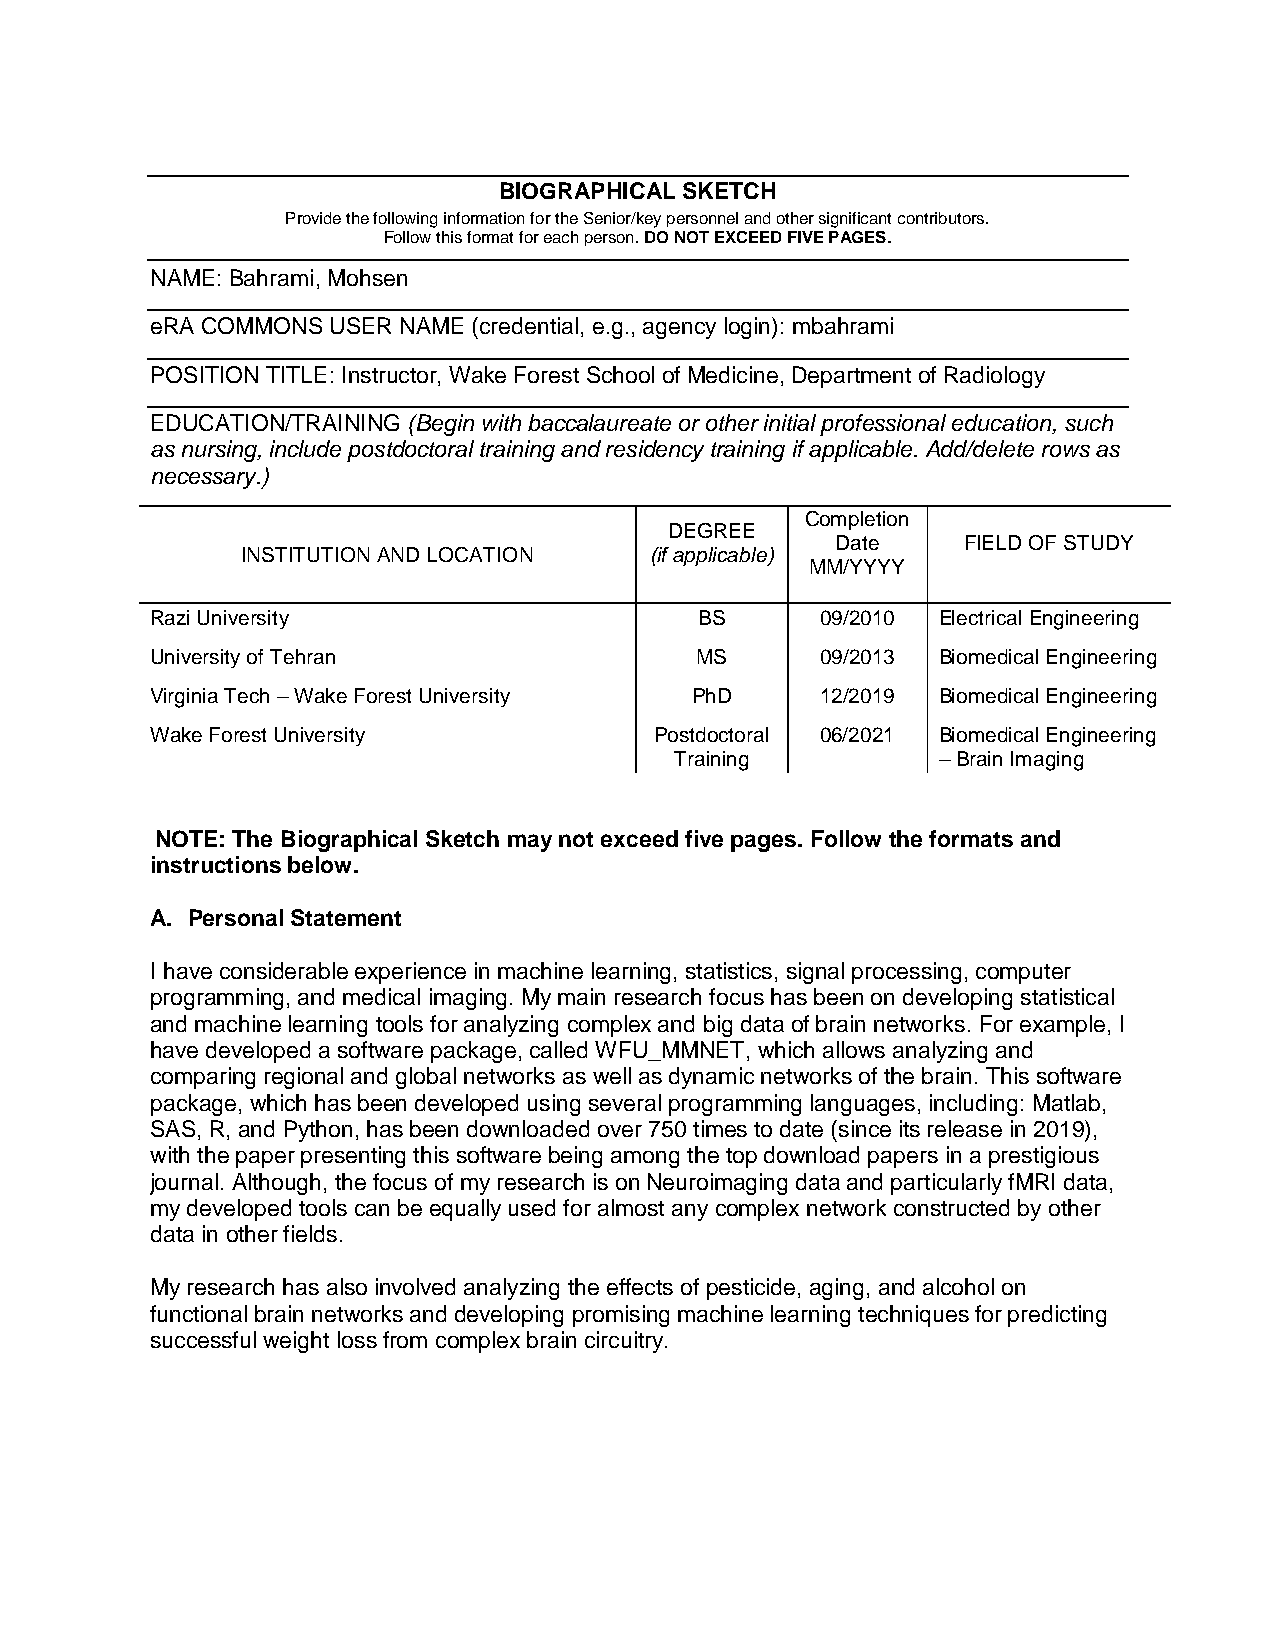
BIOGRAPHICAL SKETCH
 Provide the following information for the Senior/key personnel and other significant contributors.
 Follow this format for each person. DO NOT EXCEED FIVE PAGES.
 NAME: Bahrami, Mohsen
 eRA COMMONS USER NAME (credential, e.g., agency login): mbahrami
 POSITION TITLE: Instructor, Wake Forest School of Medicine, Department of Radiology
 EDUCATION/TRAINING (Begin with baccalaureate or other initial professional education, such
 as nursing, include postdoctoral training and residency training if applicable. Add/delete rows as
 necessary.)
 Completion
 DEGREE
 Date     FIELD OF STUDY
 INSTITUTION AND LOCATION   (if applicable)
 MM/YYYY
 Razi University                     BS      09/2010 Electrical Engineering
 University of Tehran                MS      09/2013 Biomedical Engineering
 Virginia Tech – Wake Forest University PhD  12/2019 Biomedical Engineering
 Wake Forest University           Postdoctoral 06/2021 Biomedical Engineering
 Training         – Brain Imaging
 NOTE: The Biographical Sketch may not exceed five pages. Follow the formats and
 instructions below.
 A. Personal Statement
 I have considerable experience in machine learning, statistics, signal processing, computer
 programming, and medical imaging. My main research focus has been on developing statistical
 and machine learning tools for analyzing complex and big data of brain networks. For example, I
 have developed a software package, called WFU_MMNET, which allows analyzing and
 comparing regional and global networks as well as dynamic networks of the brain. This software
 package, which has been developed using several programming languages, including: Matlab,
 SAS, R, and Python, has been downloaded over 750 times to date (since its release in 2019),
 with the paper presenting this software being among the top download papers in a prestigious
 journal. Although, the focus of my research is on Neuroimaging data and particularly fMRI data,
 my developed tools can be equally used for almost any complex network constructed by other
 data in other fields.
 My research has also involved analyzing the effects of pesticide, aging, and alcohol on
 functional brain networks and developing promising machine learning techniques for predicting
 successful weight loss from complex brain circuitry.